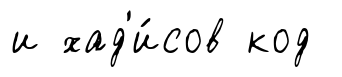
и хад'и́сов код